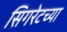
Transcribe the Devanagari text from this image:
सिगरेटच्या